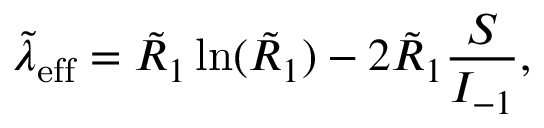
\tilde { \lambda } _ { \mathrm { e f f } } = \tilde { R } _ { 1 } \ln ( \tilde { R } _ { 1 } ) - 2 \tilde { R } _ { 1 } \frac { S } { I _ { - 1 } } ,